Bombay plague: being a history of the progress of plague in the Bombay presidency from September 1896 to June 1899
Year: 1896
Disease focus: Plague
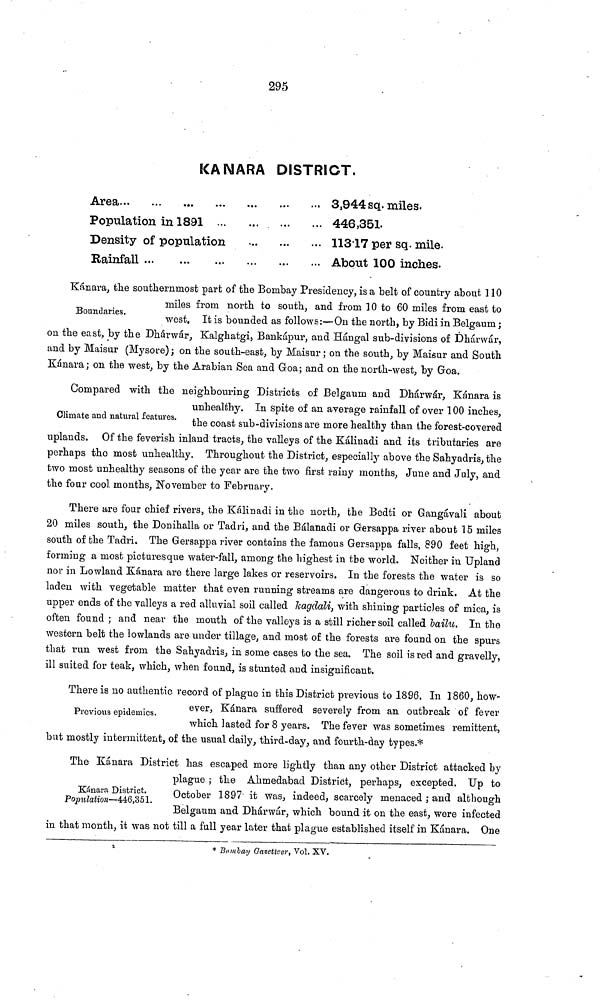
295
ΚΑΝARA DISTRICT.
Area
...
...
...
Population in 1891 ...
Density of population
Rainfall
...
...
...
3,944 sq. miles.
446,351.
11317 per sq. mile.
About 100 inches.
Kánara, the southernmost part of the Bombay Presidency, is a belt of country about 110
Boundaries.
miles from north to south, and from 10 to 60 miles from east to
west, It is bounded as follows :—On the north, by Bidi in Belgaum ;
on the east, by the Dhárwár, Kalghatgi, Bankápur, and Hángal sub-divisions of Dhárwár,
and by Maisur (Mysore); on the south-east, by Maisur ; on the south, by Maisur and South
Kánara; on the west, by the Arabian Sea and Goa; and on the north-west, by Goa.
Compared with the neighbouring Districts of Belgaum and Dhárwár, Kánara is
Climate and natural features.
unhealthy. In spite of an average rainfall of over 100 inches,
the coast sub-divisions are more healthy than the forest-covered
uplands. Of the feverish inland tracts, the valleys of the Kálinadi and its tributaries are
perhaps the most unhealthy. Throughout the District, especially above the Sahyadris, the
two most unhealthy seasons of the year are the two first rainy months, June and July, and
the four cool months, November to February.
There are four chief rivers, the Kálinadi in the north, the Bedti or Gangávali about
20 miles south, the Donihalla or Tadri, and the Bálanadi or Gersappa river about 15 miles
south of the Tadri. The Gersappa river contains the famous Gersappa falls, 890 feet high,
forming a most picturesque water-fall, among the highest in the world. Neither in Upland
nor in Lowland Kánara are there large lakes or reservoirs. In the forests the water is so
laden with vegetable matter that even running streams are dangerous to drink. At the
upper ends of the valleys a red alluvial soil called kagdali, with shining particles of mica, is
often found ; and near the mouth of the valles is a still richer soil called bailu. In the
western belt the lowlands are under tillage, and most of the forests are found on the spurs
that run west from the Sahyadris, in some cases bo the sea. The soil is red and gravelly,
ill suited for teak, which, when found, is stunted and insignificant.
There is no authentic record of plague in this District previous to 1896. In 1860, how-
Previous epidemics.
ever, Kánara suffered severely from an outbreak of fever
which lasted for 8 years. The fever was sometimes remittent,
but mostly intermittent, of the usual daily, third-day, and fourth-day types.*
Kánara District.
Population—446,351.
The Kánara District has escaped more lightly than any other District attacked by
plague ; the Ahmedabad District, perhaps, excepted. Up to
October 1897 it was, indeed, scarcely menaced ; and although
Belgaum and Dhárwár, which bound it on the east, were infected
in that month, it was not till a full year later that plague established itself in Kánara. Une
Bombay Gazetteer, Vol. XV.